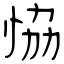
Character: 恊